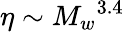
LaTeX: \eta\sim{M_{w}}^{3.4}